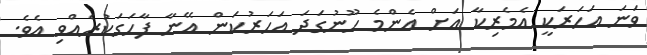
ވަނަ އަހަރަކީ އެމެރިކާ އަށް އެންމެ ހޫނުގަދަ އަހަރުކަން އޭނާ ފާހަގަކުރެއްވި އެވެ.